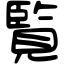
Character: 覧